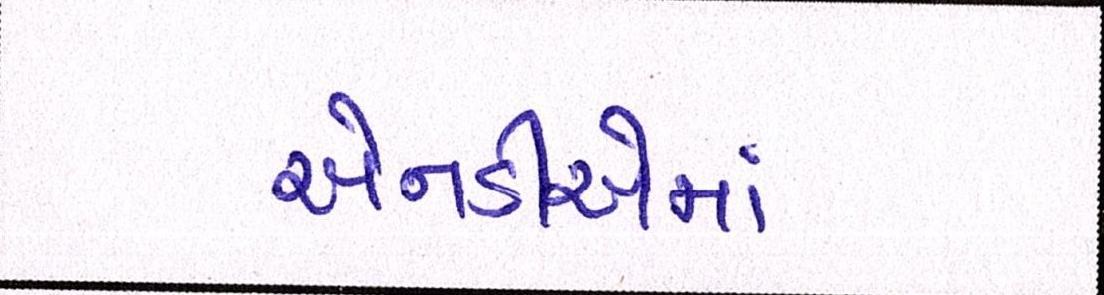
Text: એનડીએમાં